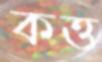
কত্ত